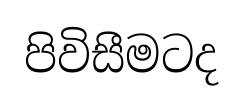
පිවිසීමටද